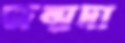
জন্মদা